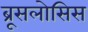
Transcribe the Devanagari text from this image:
ब्रूसलोसिस